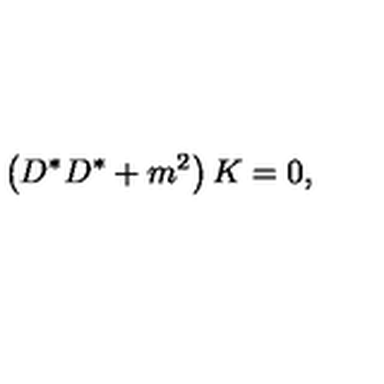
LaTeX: \left( D ^ { * } D ^ { * } + m ^ { 2 } \right) K = 0 ,